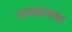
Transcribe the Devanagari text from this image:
उजळावया